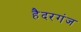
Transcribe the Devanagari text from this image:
हैदरगंज